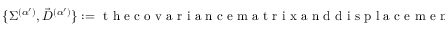
\begin{array} { r } { \{ \Sigma ^ { ( \alpha ^ { \prime } ) } , \vec { D } ^ { ( \alpha ^ { \prime } ) } \} : = \mathrm { ~ t ~ h ~ e ~ c ~ o ~ v ~ a ~ r ~ i ~ a ~ n ~ c ~ e ~ m ~ a ~ t ~ r ~ i ~ x ~ a ~ n ~ d ~ d ~ i ~ s ~ p ~ l ~ a ~ c ~ e ~ m ~ e ~ n ~ t ~ v ~ e ~ c ~ t ~ o ~ r ~ o ~ f ~ } \rho _ { \alpha ^ { \prime } } \; , } \end{array}